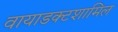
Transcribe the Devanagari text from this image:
वायाडक्टशामिल